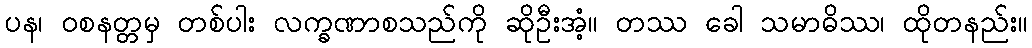
ပန၊ ဝစနတ္တမှ တစ်ပါး လက္ခဏာစသည်ကို ဆိုဦးအံ့။ တဿ ခေါ သမာဓိဿ၊ ထိုတနည်း။